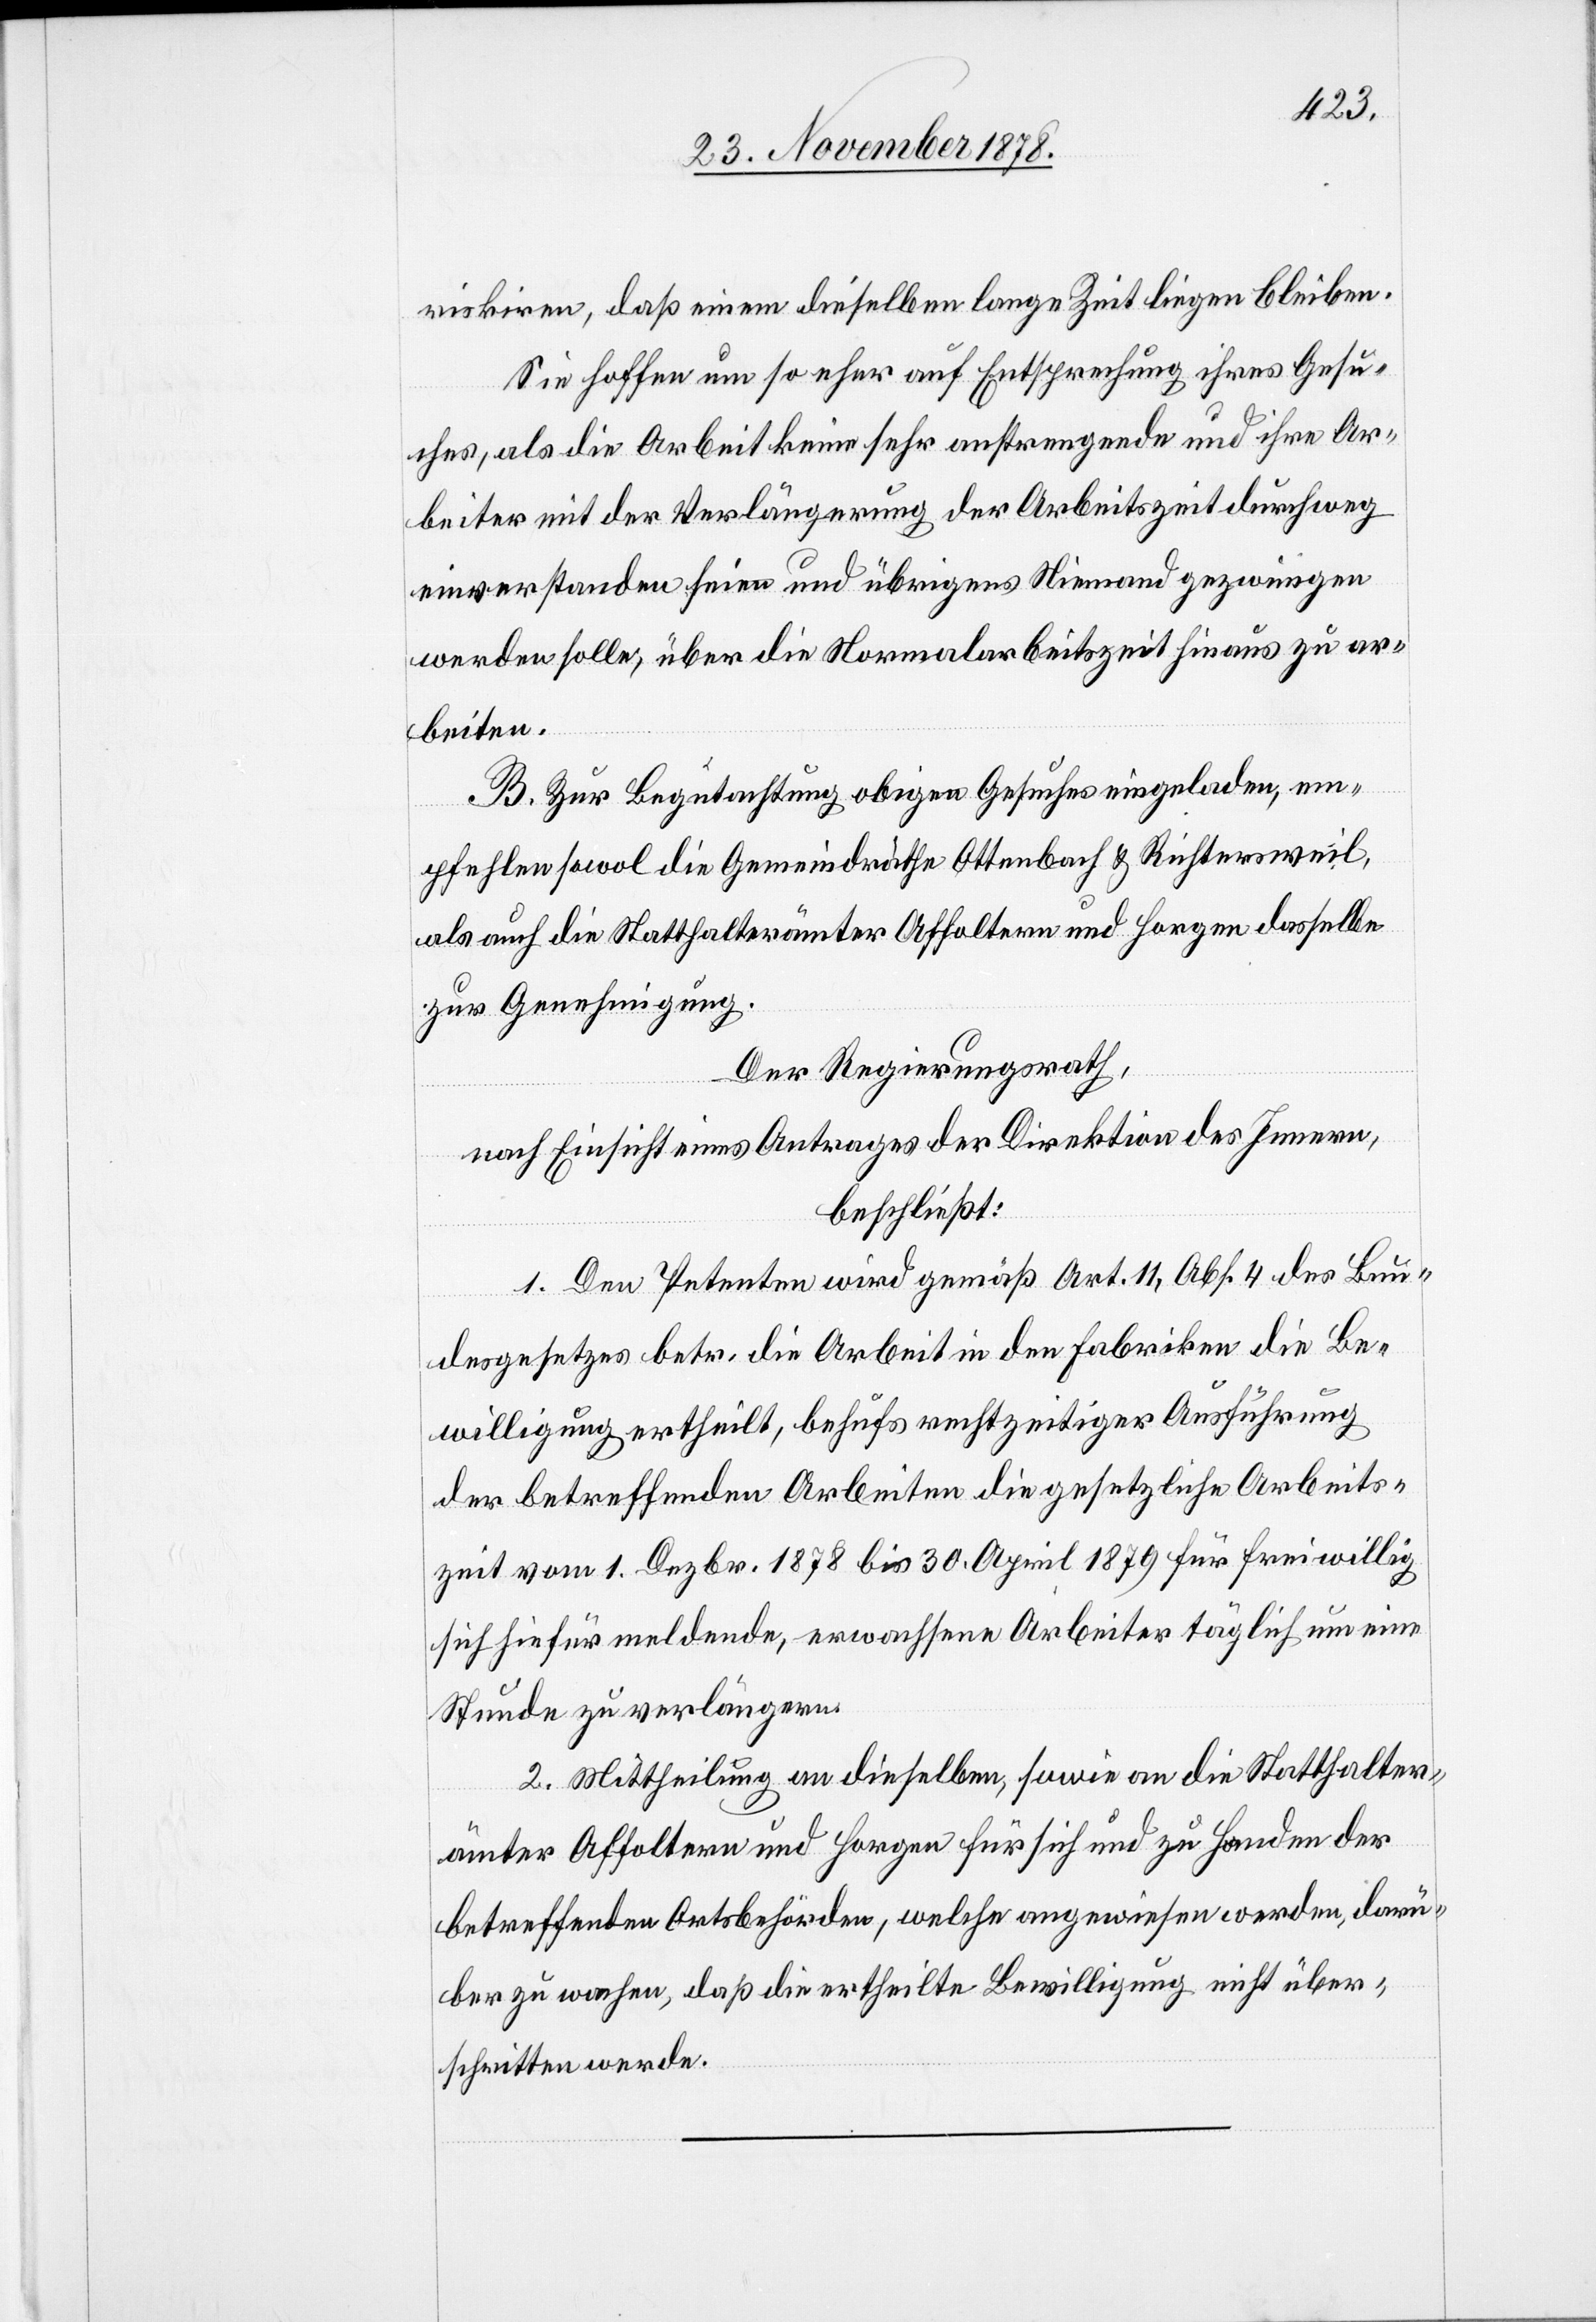
riskiren, daß einem dieselben lange Zeit liegen bleiben.
Sie hoffen um so eher auf Entsprechung ihres Gesu¬
ches, als die Arbeit keine sehr anstrengende und ihre Ar¬
beiter mit der Verlängerung der Arbeitszeit durchweg
einverstanden seien und übrigens Niemand gezwungen
werden solle, über die Normalarbeitszeit hinaus zu ar¬
beiten.
B. Zur Begutachtung obigen Gesuches eingeladen, em¬
pfehlen sowol die Gemeindräthe Ottenbach & Richtersweil,
als auch die Statthalterämter Affoltern und Horgen dasselbe
zur Genehmigung.
Der Regierungsrath,
nach Einsicht eines Antrages der Direktion des Innern,
beschließt:
1. Den Petenten wird gemäß Art. 11, Abs. 4 des Bun¬
desgesetzes betr. die Arbeit in den Fabriken die Be¬
willigung ertheilt, behufs rechtzeitiger Ausführung
der betreffenden Arbeiten die gesetzliche Arbeits¬
zeit vom 1. Dezbr. 1878 bis 30. April 1879 für frewillig
sich hiefür meldende, erwachsene Arbeiter täglich um eine
Stunde zu verlängern.
2. Mittheilung an dieselben, sowie an die Statthalter¬
ämter Affoltern und Horgen für sich und zu Handen der
betreffenden Ortsbehörden, welche angewiesen werden, darü¬
ber zu wachen, daß die ertheilte Bewilligung nicht über¬
schritten werde.